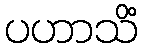
ပဟာသိံ